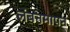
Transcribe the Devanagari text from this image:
लंबनमापन